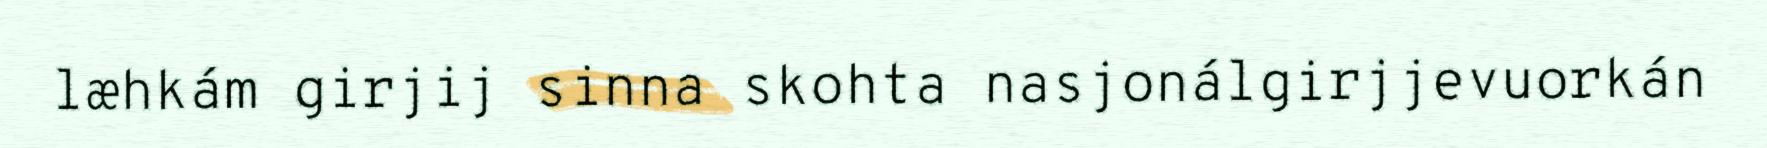
læhkám girjij sinna skohta nasjonálgirjjevuorkán